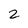
Character: 2